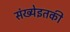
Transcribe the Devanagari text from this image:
संख्येइतकी